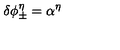
\delta \phi _ { \pm } ^ { \eta } = \alpha ^ { \eta }